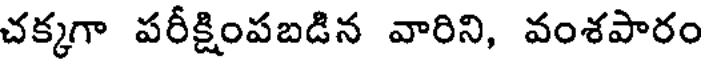
చక్కగా పరీక్షింపబడిన వారిని, వంశపారం